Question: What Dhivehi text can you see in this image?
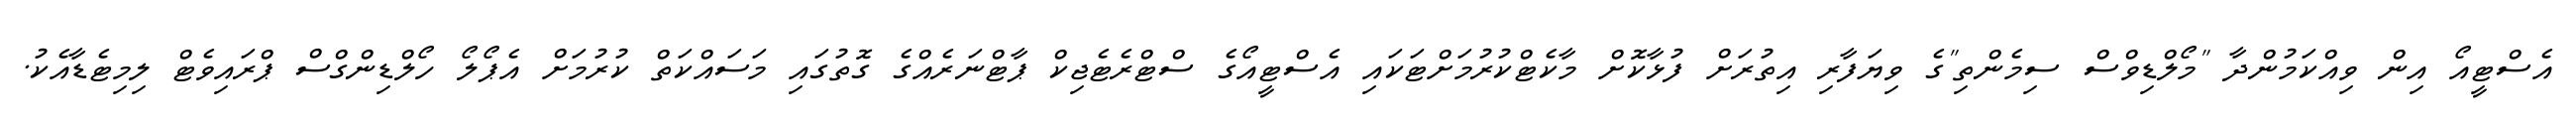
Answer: އެސްޓީއޯ އިން ވިއްކަމުންދާ "މޯލްޑިވްސް ސިމެންތި"ގެ ވިޔަފާރި އިތުރަށް ފުޅާކޮށް މާކެޓްކުރުމަށްޓަކައި އެސްޓީއޯގެ ސްޓްރެޓެޖިކް ޕާޓްނަރެއްގެ ގޮތުގައި މަސައްކަތް ކުރުމަށް އެޕޯލޯ ހޯލްޑިންގްސް ޕްރައިވެޓް ލިމިޓެޑާއެކު.